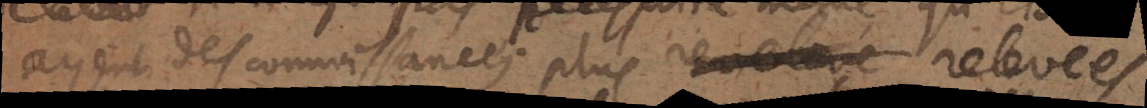
ayent des connoissances plus revelevé relevées